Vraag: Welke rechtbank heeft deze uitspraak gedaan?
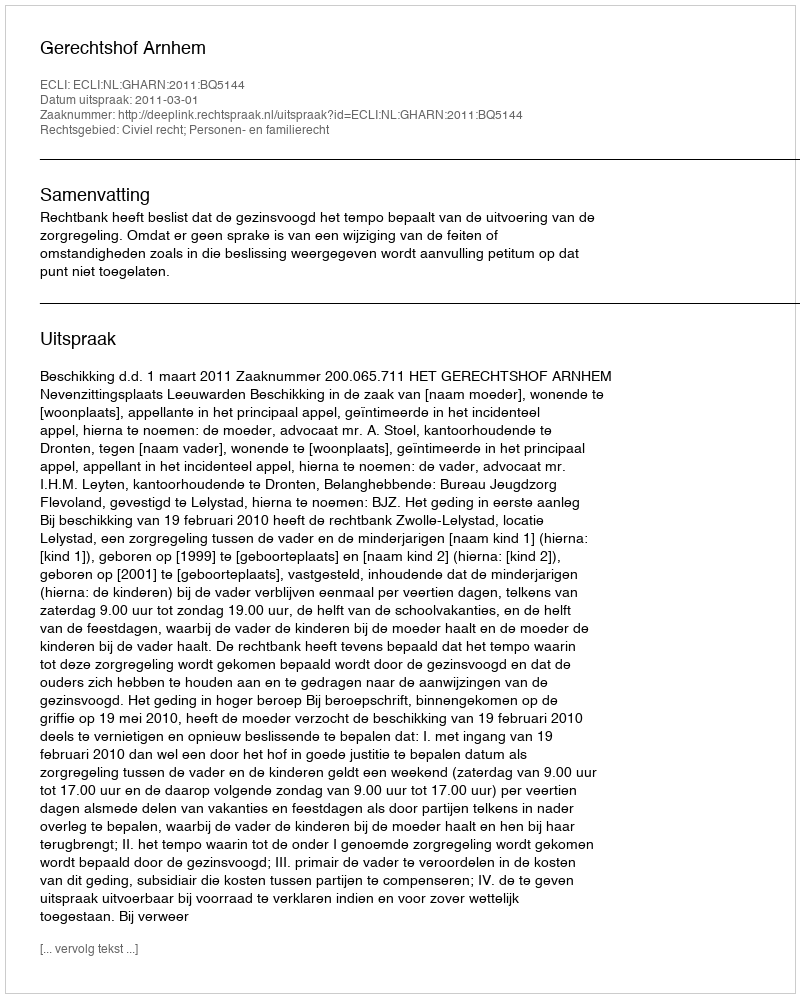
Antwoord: Gerechtshof Arnhem